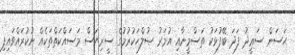
ޙަސަން ސަޢީދު ފަދަ ބޭފުޅަކު ތަސްމީނާއި އުމަރު ޞުލްޙަކުރުމުގެ ސީރިޔަސް މަސައްކަތްތަކެއް ނުކުރައްވައިފި